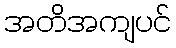
အတိအကျပင်